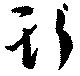
斯